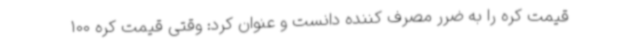
قیمت کره را به ضرر مصرف کننده دانست و عنوان کرد: وقتی قیمت کره 100